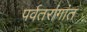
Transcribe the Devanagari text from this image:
पर्वतरांगांत